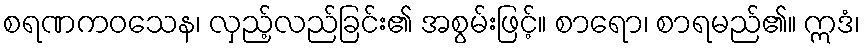
စရဏကဝသေန၊ လှည့်လည်ခြင်း၏ အစွမ်းဖြင့်။ စာရော၊ စာရမည်၏။ ဣဒံ၊